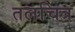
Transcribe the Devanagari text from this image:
तलचित्र